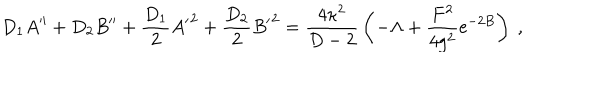
D _ { 1 } A ^ { \prime \prime } + D _ { 2 } B ^ { \prime \prime } + { \frac { D _ { 1 } } { 2 } } { A ^ { \prime } } ^ { 2 } + { \frac { D _ { 2 } } { 2 } } { B ^ { \prime } } ^ { 2 } = { \frac { 4 \kappa ^ { 2 } } { D - 2 } } \left( - \Lambda + { \frac { F ^ { 2 } } { 4 g ^ { 2 } } } \mathrm { e } ^ { - 2 B } \right) ~ ,